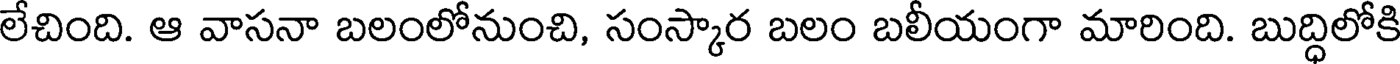
లేచింది. ఆ వాసనా బలంలోనుంచి, సంస్కార బలం బలీయంగా మారింది. బుద్ధిలోకి